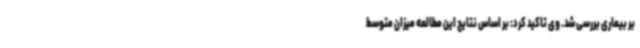
بر بیماری بررسی شد. وی تاکید کرد: بر اساس نتایج این مطالعه میزان متوسط